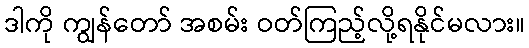
ဒါကို ကျွန်တော် အစမ်း ဝတ်ကြည့်လို့ရနိုင်မလား။